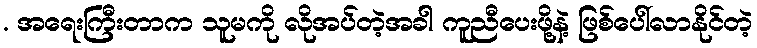
. အရေးကြီးတာက သူမကို လိုအပ်တဲ့အခါ ကူညီပေးဖို့နဲ့ ဖြစ်ပေါ်လာနိုင်တဲ့